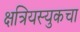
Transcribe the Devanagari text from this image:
क्षत्रियस्युकचा